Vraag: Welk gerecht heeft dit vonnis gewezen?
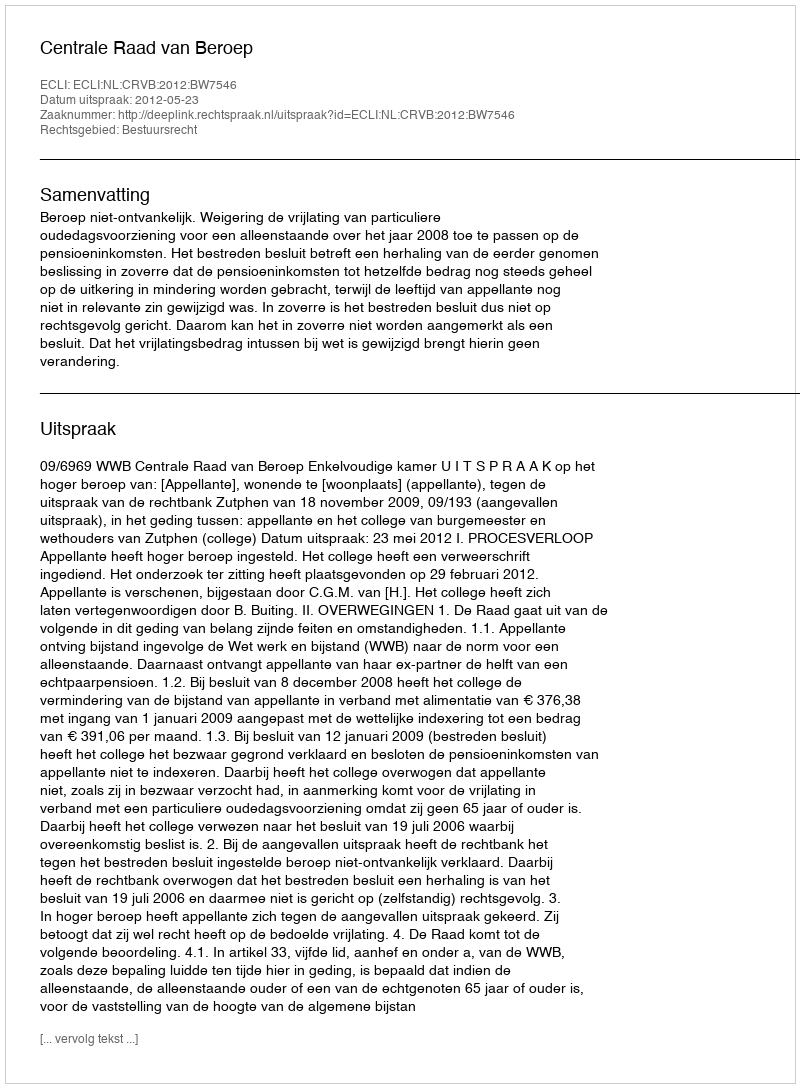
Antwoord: Centrale Raad van Beroep